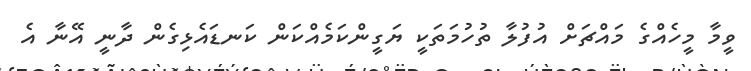
ވީމާ މީހެއްގެ މައްޗަށް އުފުލާ ތުހުމަތަކީ ޔަގީންކަމެއްކަން ކަނޑައެޅިގެން ދާނީ އޭނާ އެ